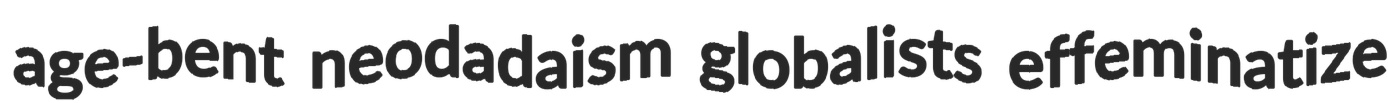
age-bent neodadaism globalists effeminatize